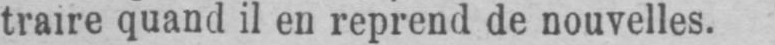
traire quand il en reprend de nouvelles.